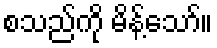
စသည်ကို မိန့်သော်။